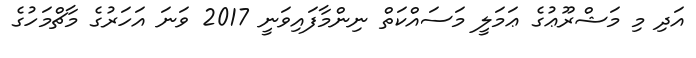
އަދި މި މަޝްރޫޢުގެ ޢަމަލީ މަސައްކަތް ނިންމާފައިވަނީ 2017 ވަނަ އަހަރުގެ މާޗްމަހުގެ